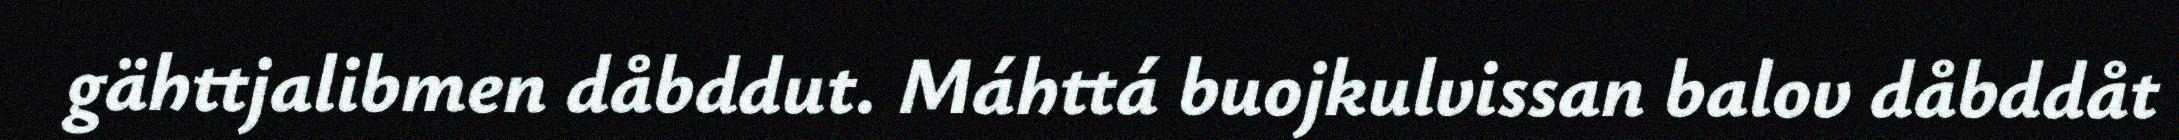
gähttjalibmen dåbddut. Máhttá buojkulvissan balov dåbddåt